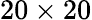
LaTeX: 20\times 20